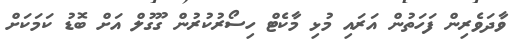
ވާދަވެރިން ފަހަތުން އަރައި މުޅި މާކެޓް ހިސޯރުކުރުން ގޫގުލް އަށް ބޮޑު ކަމަކަށް